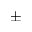
\pm